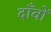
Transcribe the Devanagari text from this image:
दाँवों